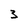
Character: 3